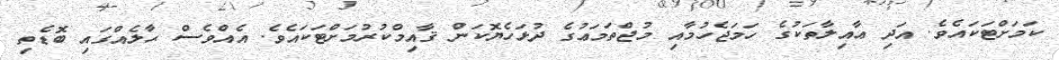
ކަމަށްޓަކަައެވެ. އަދި ޢާއިލާތަކުގެ ހަމަޖެހުމާއި މުޖްތަމަޢުގެ ދުޅަހެޔޮކަން ޤާއިމްކުރުމަށްޓަކައެވެ. އެއްވެސް ޙާލެއްގައި ބޮޑެތި